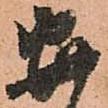
安